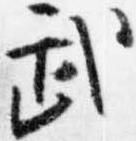
武